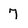
Character: 7